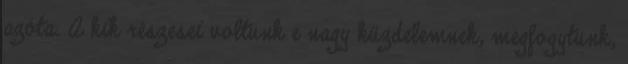
azóta. A kik részesei voltunk e nagy küzdelemnek, megfogytunk,